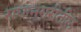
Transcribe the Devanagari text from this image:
राधानगरीतील